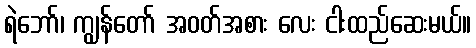
ရဲဘော်၊ ကျွန်တော် အဝတ်အစား လေး ငါးထည်ဆေးမယ်။